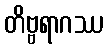
တိဗ္ဗရာဂဿ